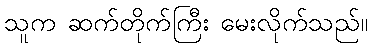
သူက ဆက်တိုက်ကြီး မေးလိုက်သည်။